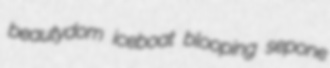
beautydom iceboat blooping sepone